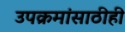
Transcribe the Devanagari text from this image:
उपक्रमांसाठीही